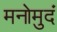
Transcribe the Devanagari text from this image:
मनोमुदं